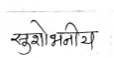
मजकूर: सुशोभनीय